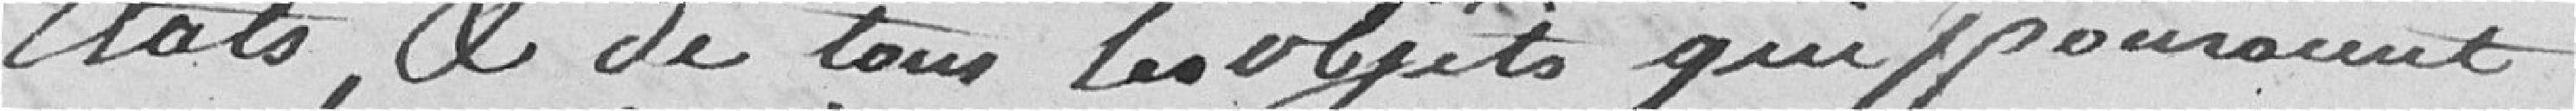
Etats et de tous les objets qui pourraient